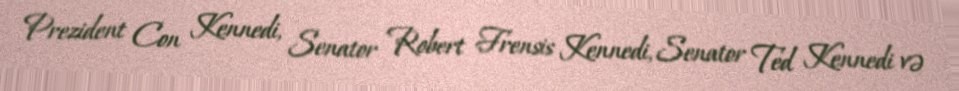
Prezident Con Kennedi, Senator Robert Frensis Kennedi, Senator Ted Kennedi və